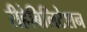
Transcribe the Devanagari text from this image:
रीहेबिलिटेशन